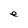
Character: e